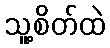
သူ့စိတ်ထဲ